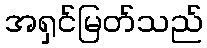
အရှင်မြတ်သည်